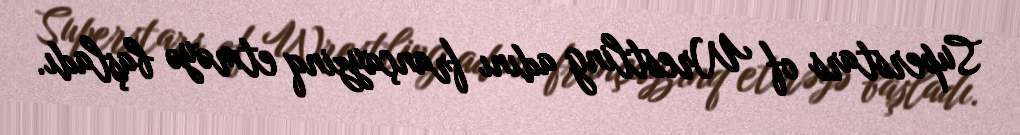
Superstars of Wrestling adını françayzinq etməyə başladı.